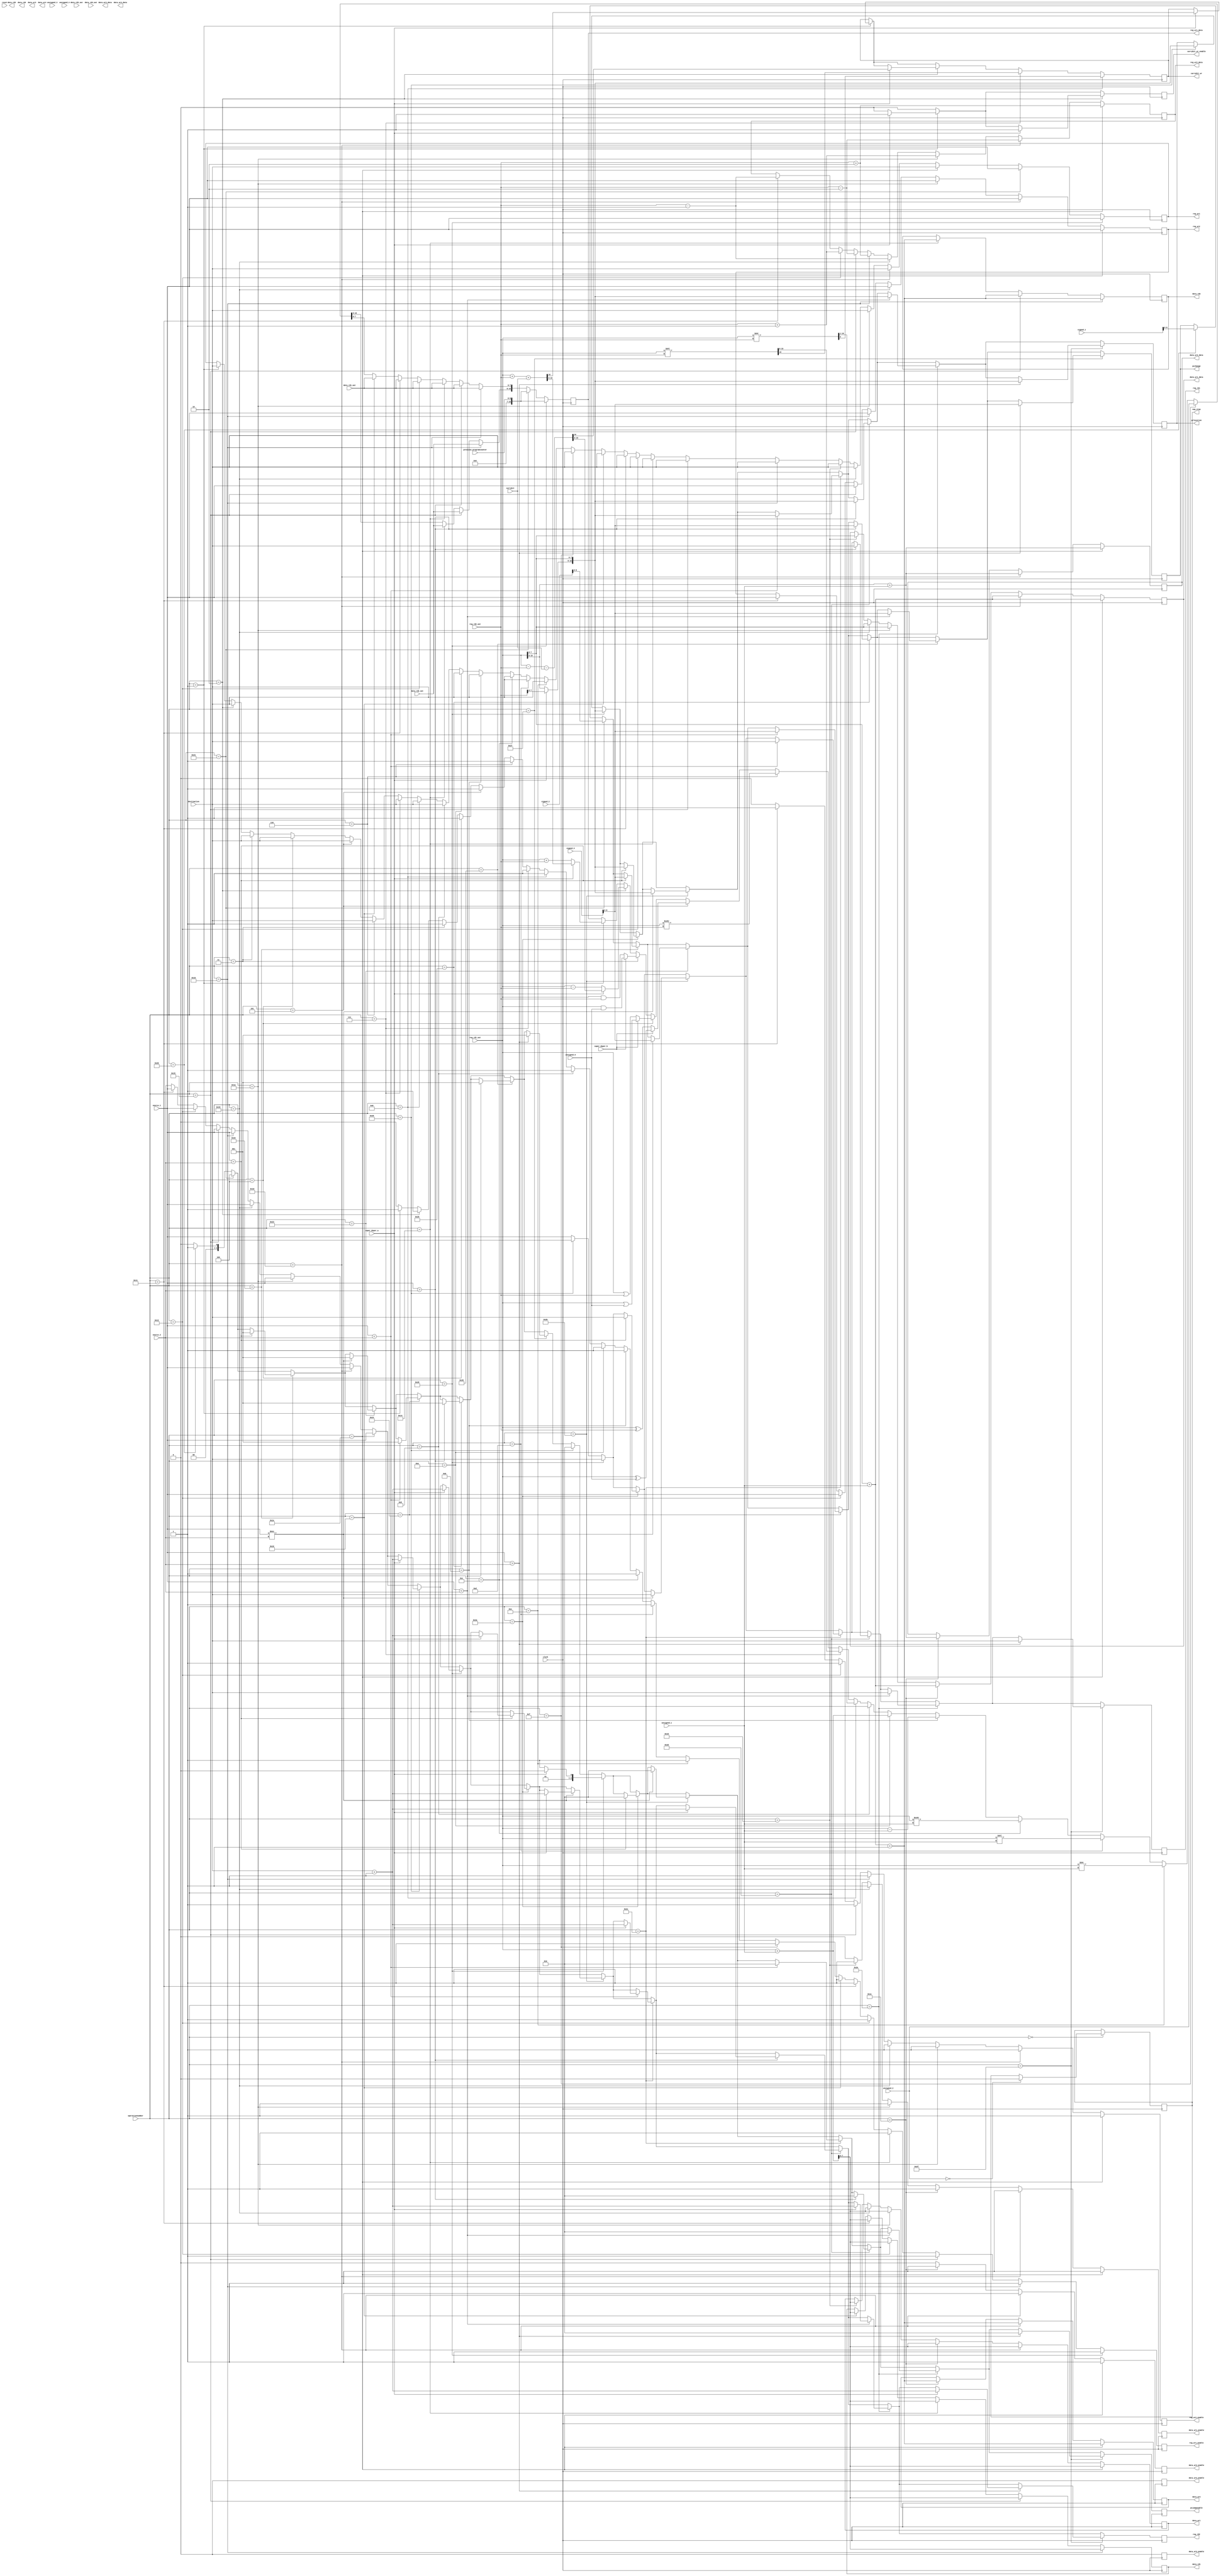
module execution (	clock, 
					reset,
					nop_stop,
					operationnumber,
					destination,
					source_1,
					source_2,
					unsigned_1,
					unsigned_2,
					unsigned_3,
					unsigned_4,
					unsigned_5,
					signed_3,
					signed_2,
					signed_1,
					reg_rd1,
					reg_rd2, 
					//reg_rd3, 
					reg_wr1, 
					reg_wr2, 
					reg_wr1_data, 
					reg_wr2_data, 
					reg_wr1_enable, 
					reg_wr2_enable, 
					reg_rd1_out, 
					reg_rd2_out, 
					//reg_rd3_out,
					data_rd1, 
					data_rd2, 
					data_rd3, 
					data_rd4, 
					data_wr1, 
					data_wr2, 
					data_wr3, 
					data_wr4, 
					data_wr1_data, 
					data_wr2_data, 
					data_wr3_data, 
					data_wr4_data, 
					data_wr1_enable, 
					data_wr2_enable, 
					data_wr3_enable, 
					data_wr4_enable, 
					data_rd1_out, 
					data_rd2_out, 
					data_rd3_out, 
					data_rd4_out,
					pcchange,
					pcjumpenable,
					pclocation,
					previous_programcounter,
					super_duper_a,
					super_duper_b,
					carrybit,
					carrybit_wr,
					carrybit_wr_enable,
					//LED
					);
	
	input 			clock;
	input 			reset;
	
	output			nop_stop;
	
	// Decoder //

	
	//output		     [7:0]		LED;
	//reg [07:00] ledscount;
	
	//assign LED [07:00] = ~ledscount[07:00];
	
//	always @(posedge clock) begin
//		ledscount = operationnumber;
//	end
	
	input [05:00]	operationnumber;
	input [05:00]	destination; 
	input [05:00]	source_2;
	input [05:00]	source_1;
	input [08:00]	unsigned_5;
	input [09:00]	unsigned_4;
	input [08:00]	unsigned_3;
	input [15:00]	unsigned_2;
	input [05:00]	unsigned_1;
	input [21:00]	signed_1;
	input [15:00]	signed_2;
	input [09:00]	signed_3;

	output [08:00]	pcchange;
	output [02:00]	pcjumpenable;
	output [15:00]	pclocation;

	input [06:00]	previous_programcounter;

	input 			super_duper_a;
	input 			super_duper_b;


	// RegisterFile //

	input [15:00]	reg_rd1_out;
	input [15:00]	reg_rd2_out;
	//input [15:00]	reg_rd3_out;

	output [05:00]	reg_wr1;
	output [05:00]	reg_wr2;
	output 			reg_wr1_enable;
	output 			reg_wr2_enable;
	output [15:00]	reg_wr1_data;
	output [15:00]	reg_wr2_data;

	output [05:00]	reg_rd1;
	output [05:00]	reg_rd2;
	//output [05:00]	reg_rd3;

	// Data Register //

	input [07:00]	data_rd1_out;
	input [07:00]	data_rd2_out;
	input [07:00]	data_rd3_out;
	input [07:00]	data_rd4_out;

	output [07:00] 	data_rd1;
	output [07:00] 	data_rd2;
	output [07:00] 	data_rd3;
	output [07:00] 	data_rd4;

	output [07:00] 	data_wr1;
	output [07:00] 	data_wr2;
	output [07:00]		data_wr3;
	output [07:00]		data_wr4;
	output [07:00] 	data_wr1_data;
	output [07:00] 	data_wr2_data;
	output [07:00] 	data_wr3_data;
	output [07:00] 	data_wr4_data;
	output			data_wr1_enable;
	output			data_wr2_enable;
	output			data_wr3_enable;
	output 			data_wr4_enable;

	output carrybit_wr;
	output carrybit_wr_enable;

	input carrybit;


	// input [63:00]register;

	reg [05:00]	reg_wr1;
	reg [05:00]	reg_wr2;

	reg [05:00]	reg_rd1;
	reg [05:00]	reg_rd2;
	//reg [05:00]	reg_rd3;

	reg 		reg_wr1_enable;
	reg 		reg_wr2_enable;

	reg [15:00] reg_wr1_data;
	reg [15:00] reg_wr2_data;

	wire [05:00]operationnumber;

	reg [07:00] data_rd1;
	reg [07:00] data_rd2;
	reg [07:00] data_rd3;
	reg [07:00] data_rd4;

	reg [07:00]	data_wr1;
	reg [07:00]	data_wr2;
	reg [07:00]	data_wr3;
	reg [07:00]	data_wr4;
	reg [07:00]	data_wr1_data;
	reg [07:00]	data_wr2_data;
	reg [07:00]	data_wr3_data;
	reg [07:00]	data_wr4_data;
	reg			data_wr1_enable;
	reg			data_wr2_enable;
	reg			data_wr3_enable;
	reg 		data_wr4_enable;

	wire 		carrybit;

	reg [16:00] carryreg;

	reg 		carrybit_wr;
	reg 		carrybit_wr_enable;
	
	wire [05:00] destination;	

	reg [08:00]	pcchange;
	reg [02:00]	pcjumpenable;
	reg [15:00]	pclocation;

	wire 		super_duper_a;
	wire 		super_duper_b;
	
	reg nop_stop;


	always @(posedge clock) begin

		reg_wr1_enable = 0;
		reg_wr2_enable = 0;
		data_wr1_enable = 0;
		data_wr2_enable = 0;
		data_wr3_enable = 0;
		data_wr4_enable = 0;
		reg_rd1 = source_1;
		reg_rd2 = source_2;
	//	reg_rd3 = destination;
		pcjumpenable = 0;
		carrybit_wr_enable = 0;
		


		if (operationnumber == 0) begin 	//no operation
			if (unsigned_2 == 0) begin 	//breakpoint
				nop_stop = 0;
			end

			
		end
		
		if (operationnumber == 1) begin 	//unsigned add	
			if (super_duper_a == 1) begin 	//unsigned add with carry ??
				reg_wr1 = destination;
				carryreg = reg_rd1_out + reg_rd2_out + carrybit;
				reg_wr1_data = carryreg[15:00];
				carrybit_wr = carryreg[16];
			//	{carrybit,reg_wr1_data} = reg_rd1_out + reg_rd2_out + carrybit;
				reg_wr1_enable = 1;
				carrybit_wr_enable = 1;
			end
			else begin
				reg_wr1 = destination;
				reg_wr1_data = reg_rd1_out + reg_rd2_out;
				reg_wr1_enable = 1;
			end
		end
		if (operationnumber == 2) begin 	//unsigned subtract 	
			if (super_duper_a == 1 ) begin 	//unsigned subtract with carry ????????????
				reg_wr1 = destination;
				carryreg = reg_rd1_out - reg_rd2_out - carrybit;
				reg_wr1_data = carryreg[15:00];
				carrybit_wr = carryreg[16];
			//	{carrybit,reg_wr1_data} = reg_rd1_out + reg_rd2_out - carrybit;				
				reg_wr1_enable = 1;
				carrybit_wr_enable = 1;
			end
			else begin
				reg_wr1 = destination;
				//reg_wr1_data = reg_rd1_out - reg_rd2_out - carrybit;
				reg_wr1_data = reg_rd1_out - reg_rd2_out;
				reg_wr1_enable = 1;
			end
		end
		if (operationnumber == 3) begin 	//bitwise AND 
			if (super_duper_b == 1) begin 	//bitwise AND immediate
				reg_wr1 = destination;
				reg_wr1_data = reg_rd1_out & unsigned_5;
				reg_wr1_enable = 1;	
			end
			else begin
				reg_wr1 = destination;
				reg_wr1_data = reg_rd1_out & reg_rd2_out;
				reg_wr1_enable = 1;
			end
		end
		if (operationnumber == 4) begin 	//bitwise OR
			if (super_duper_b == 1) begin 	//bitwise OR immediate
				reg_wr1 = destination;
				reg_wr1_data = reg_rd1_out | unsigned_5;
				reg_wr1_enable = 1;
			end
			else begin
				reg_wr1 = destination;
				reg_wr1_data = reg_rd1_out | reg_rd2_out;
				reg_wr1_enable = 1;
			end
		end
		if (operationnumber == 5) begin 	//bitwise exclusive OR
			if (super_duper_b == 1) begin 	//bitwise exclusive OR immediate
				reg_wr1 = destination;
				reg_wr1_data = reg_rd1_out ^ unsigned_5;
				reg_wr1_enable = 1;
			end
			else begin
				reg_wr1 = destination;
				reg_wr1_data = reg_rd1_out ^ reg_rd2_out;
				reg_wr1_enable = 1;
			end
		end

		if (operationnumber == 6) begin 	// arithmetic shift right
			reg_wr1 = destination;
			reg_wr1_data = reg_rd1_out >>> reg_rd2_out;
			reg_wr1_enable = 1;
			
		end
		if (operationnumber == 7) begin 	// Logical left shift
			reg_wr1 = destination;
			carryreg = reg_rd1_out << reg_rd2_out; 		// ??????????????????????????????????????????????????
			carrybit_wr = carryreg[16];
			reg_wr1_data = carryreg[15:00];
			reg_wr1_enable = 1;
			
		end

		if (operationnumber == 8) begin 	// Logical right shift
			reg_wr1 = destination;
			carryreg = reg_rd1_out >> reg_rd2_out;
			carrybit_wr = carryreg[0];
			reg_wr1_data = carryreg[16:01];
			reg_wr1_enable = 1;
			
		end
		if (operationnumber == 9) begin 	// move register to register
			reg_rd1 = source_1;
			reg_wr1 = destination;
			reg_wr1_data = reg_rd1_out;
			reg_wr1_enable = 1;
		end
		if (operationnumber == 10) begin 	//unsigned add immediate
			reg_wr1 = destination;
			reg_wr1_data = reg_rd1_out + unsigned_1;
			reg_wr1_enable = 1;
			
		end
		if (operationnumber == 11) begin 	//unsigned subtract immediate
			reg_wr1 = destination;
			reg_wr1_data = reg_rd1_out - unsigned_1;
			reg_wr1_enable = 1;
		end
		if (operationnumber == 12) begin 	//arithmetic shift right immediate
			reg_wr1 = destination;
			reg_wr1_data = reg_rd1_out >>> unsigned_1;
				reg_wr1_enable = 1;
		end
		if (operationnumber == 13) begin 	//logical shift left immediate
			reg_wr1 = destination;
			reg_wr1_data = reg_rd1_out << unsigned_1;
			reg_wr1_enable = 1;	
		end

		if (operationnumber == 14) begin 	//logical shift right immediate
			reg_wr1 = destination;
			reg_wr1_data = reg_rd1_out >> unsigned_1;
			reg_wr1_enable = 1;	
		end

		if (operationnumber == 15) begin 	//Move immeidate to register
			reg_wr1 = destination;
			reg_wr1_data = unsigned_2;
			reg_wr1_enable = 1;
		end
		if (operationnumber == 16) begin 	//indexed load byte
			reg_wr1 = destination;
			reg_rd1 = source_1;
			data_rd1 = (reg_rd1_out + unsigned_1);
			reg_wr1_data[07:00] = data_rd1_out[07:00];
			reg_wr1_enable = 1;
			pcjumpenable = 0;
		end
		if (operationnumber == 17) begin 	//indexed load byte with predecrement
			reg_rd2 = source_1;
			reg_wr2 = source_1;
			reg_wr2_data = reg_rd2_out - 1;
			reg_wr2_enable = 1;
			reg_wr1 = destination;
			reg_rd1 = source_1;
			data_rd1 = (reg_rd1_out + unsigned_1);
			reg_wr1_data[07:00] = data_rd1_out[07:00];
			reg_wr1_enable = 1;
		end
		if (operationnumber == 18) begin 	//indexed load byte with postincrement
			reg_wr1 = destination;
			reg_rd1 = source_1;
			data_rd1 = (reg_rd1_out + unsigned_1);
			reg_wr1_data[07:00] = data_rd1_out[07:00];
			reg_wr1_enable = 1;
			reg_rd2 = source_1;
			reg_wr2 = source_1;
			reg_wr2_data = reg_rd2_out + 1;
			reg_wr2_enable = 1;
		end
		if (operationnumber == 20) begin 	//indexed load word
			reg_wr1 = destination;
			reg_rd1 = source_1;
			data_rd1 = (reg_rd1_out + unsigned_1);
			data_rd2 = (reg_rd1_out + unsigned_1 + 1);
			reg_wr1_data[07:00] = data_rd1_out;
			reg_wr1_data[15:08] = data_rd2_out;
			reg_wr1_enable = 1;
		end
		if (operationnumber == 21) begin 	//indexed load word with predecrement
			reg_rd2 = source_1;
			reg_wr2 = source_1;
			reg_wr2_data = reg_rd2_out - 2;
			reg_wr2_enable = 1;
			reg_wr1 = destination;
			reg_rd1 = source_1;
			data_rd1 = (reg_rd1_out + unsigned_1);
			data_rd2 = (reg_rd1_out + unsigned_1 + 1);
			reg_wr1_data[07:00] = data_rd1_out;
			reg_wr1_data[15:08] = data_rd2_out;
			reg_wr1_enable = 1;
		end
		if (operationnumber == 22) begin 	//indexed load word with postincrement
			reg_wr1 = destination;
			reg_rd1 = source_1;
			data_rd1 = (reg_rd1_out + unsigned_1);
			data_rd2 = (reg_rd1_out + unsigned_1 + 1);
			reg_wr1_data[07:00] = data_rd1_out;
			reg_wr1_data[15:08] = data_rd2_out;
			reg_wr1_enable = 1;
			reg_rd2 = source_1;
			reg_wr2 = source_1;
			reg_wr2_data = reg_rd2_out + 2;
			reg_wr2_enable = 1;
		end

		if (operationnumber == 24) begin 	//indexed store byte
			reg_wr1 = destination;
			reg_rd1 = source_1;
			data_wr1 = (reg_rd1_out + unsigned_1);
			data_wr1_data[07:00] = reg_rd1_out[07:00];
			data_wr1_enable = 1;
			end
		if (operationnumber == 25) begin 	//indexed store byte with predecrement
			reg_rd2 = source_1;
			reg_wr2 = source_1;
			reg_wr2_data = reg_rd2_out - 1;
			reg_wr2_enable = 1;			
			reg_wr1 = destination;
			reg_rd1 = source_1;
			data_wr1 = (reg_rd1_out + unsigned_1);
			data_wr1_data[07:00] = reg_rd1_out[07:00];
			data_wr1_enable = 1;
		end
		if (operationnumber == 26) begin 	//indexed store byte with postincrement
			reg_wr1 = destination;
			reg_rd1 = source_1;
			data_wr1 = (reg_rd1_out + unsigned_1);
			data_wr1_data[07:00] = reg_rd1_out[07:00];
			data_wr1_enable = 1;
			reg_rd2 = source_1;
			reg_wr2 = source_1;
			reg_wr2_data = reg_rd2_out + 1;
			reg_wr2_enable = 1;
		end
		if (operationnumber == 28) begin 	//indexed store word
			reg_rd1 = source_1;
			data_wr1 = (reg_rd1_out + unsigned_1);
			data_wr1_data = (reg_rd1_out[07:00] + unsigned_1);
			data_wr2 = (reg_rd1_out + unsigned_1 + 1);
			data_wr2_data = (reg_rd1_out[15:08] + unsigned_1);
			data_wr1_enable = 1;
			data_wr2_enable = 1;
		end
		if (operationnumber == 29) begin 	//indexed store word with predecrement
			reg_rd2 = source_1;
			reg_wr2 = source_1;
			reg_wr2_data = reg_rd2_out - 2;
			reg_wr2_enable = 1;			
			reg_wr1 = destination;
			reg_rd1 = source_1;
			data_wr1 = (reg_rd1_out + unsigned_1);
			data_wr1_data = (reg_rd1_out[07:00] + unsigned_1);
			data_wr2 = (reg_rd1_out + unsigned_1 + 1);
			data_wr2_data = (reg_rd1_out[15:08] + unsigned_1);
			data_wr1_enable = 1;
			data_wr2_enable = 1;
		end
		if (operationnumber == 30) begin 	//indexed store word with postincrement
			reg_wr1 = destination;
			reg_rd1 = source_1;
			data_wr1 = (reg_rd1_out + unsigned_1);
			data_wr1_data = (reg_rd1_out[07:00] + unsigned_1);
			data_wr2 = (reg_rd1_out + unsigned_1 + 1);
			data_wr2_data = (reg_rd1_out[15:08] + unsigned_1);
			data_wr1_enable = 1;
			data_wr2_enable = 1;
			reg_rd2 = source_1;
			reg_wr2 = source_1;
			reg_wr2_data = reg_rd2_out + 2;
			reg_wr2_enable = 1;
		end

		if (operationnumber == 32) begin        //relative branch
			pcchange = signed_1;
			pcjumpenable = 1;
		end
		if (operationnumber == 33) begin        //relative branch and link
			pcchange = signed_2;
			reg_wr1 = source_1;
			reg_wr1_data = previous_programcounter;
			pcjumpenable = 4;
		end
		if (operationnumber == 34) begin        //relative branch if equal
			if (source_1 == source_2) begin
				pcchange = signed_3;
				pcjumpenable = 1;
			end
		end

		if (operationnumber == 35) begin        //relative branch if not equal
			if (source_1 !== source_2) begin
				pcchange = signed_3;
				pcjumpenable = 1;
			end
		end
		if (operationnumber == 36) begin        //relative branch if signed less than
			if ($signed(source_1) < $signed (source_2)) begin
				pcchange = signed_3;
				pcjumpenable = 1;
			end
		end
		if (operationnumber == 37) begin        //relative branch if signed greater than
			if ($signed(source_1) > $signed(source_2)) begin
				pcchange = signed_3;
				pcjumpenable = 1;
			end
		end
		if (operationnumber == 38) begin        //relative branch if unsigned less than
			if (source_1 < source_2) begin
				pcchange = signed_3;
				pcjumpenable = 1;
			end
		end
		if (operationnumber == 39) begin        //relative branch if unsigned greater than
			if (source_1 > source_2) begin
			pcchange = signed_3;
				pcjumpenable = 1;
			end
		end
		

		if (operationnumber == 40) begin        //absolute jump
			if (super_duper_a == 1) begin 		//absolute jump long
				pcjumpenable = 2;
				reg_rd1 = destination;
				reg_rd2 = destination + 1;
				pclocation[07:00] = reg_rd1_out;
				pclocation[15:08] = reg_rd2_out;
			end
			else begin
				reg_rd1 = destination;
				pclocation = reg_rd1_out;
				pcjumpenable = 2;
			end
		end
		if (operationnumber == 41) begin 		//absolute jump and link
			if (super_duper_a == 1) begin 		//absolute jump long and link
				pcjumpenable = 2;
				reg_rd1 = destination;
				reg_rd2 = destination + 1;
				pclocation[07:00] = reg_rd1_out;
				pclocation[15:08] = reg_rd2_out;
				reg_wr1 = source_1;
				reg_wr1_data = previous_programcounter;
				reg_wr1_enable = 1;
			end
			else begin
				reg_rd1 = destination;
				pclocation = reg_rd1_out;
				pcjumpenable = 3;
				reg_wr1 = source_1;
				reg_wr1_data = previous_programcounter;
				reg_wr1_enable = 1;
			end
			//pclocation <= previous_programcounter;
		end
		if (operationnumber == 42) begin        //absolute jump if equal
			if (source_1 == source_2) begin 	//absolute jump long if equal
				if (super_duper_a == 1) begin
					pcjumpenable = 2;
					reg_rd1 = destination;
					reg_rd2 = destination + 1;
					pclocation[07:00] = reg_rd1_out;
					pclocation[15:08] = reg_rd2_out;
				end
				else begin
					reg_rd1 = destination;
					pclocation = reg_rd1_out;
					pcjumpenable = 2;
				end
			end
		end
		if (operationnumber == 43) begin        //absolute jump if not equal
			if (source_1 !== source_2) begin
				if (super_duper_a == 1) begin	//absolute jump long if not equal
					pcjumpenable = 2;
					reg_rd1 = destination;
					reg_rd2 = destination + 1;
					pclocation[07:00] = reg_rd1_out;
					pclocation[15:08] = reg_rd2_out;
				end
				else begin
					reg_rd1 = destination;
					pclocation = reg_rd1_out;
					pcjumpenable = 2;
				end
			end
		end
		if (operationnumber == 44) begin        //absolute jump if signed less than
			if ($signed(source_1) < $signed(source_2)) begin
				if (super_duper_a == 1) begin //absolute jump long if unsigned less than
					pcjumpenable = 2;
					reg_rd1 = destination;
					reg_rd2 = destination + 1;
					pclocation[07:00] = reg_rd1_out;
					pclocation[15:08] = reg_rd2_out;
				end
				else begin
					reg_rd1 = destination;
					pclocation = reg_rd1_out;
					pcjumpenable = 2;
				end
			end
		end
		if (operationnumber == 45) begin        //absolute jump if signed greater than
			if ($signed(source_1) > $signed(source_2)) begin
				if (super_duper_a == 1) begin //absolute jump long if signed greater than
					pcjumpenable = 2;
					reg_rd1 = destination;
					reg_rd2 = destination + 1;
					pclocation[07:00] = reg_rd1_out;
					pclocation[15:08] = reg_rd2_out;
				end
				else begin
					reg_rd1 = destination;
					pclocation = reg_rd1_out;
					pcjumpenable = 2;
				end
			end
		end

		if (operationnumber == 46) begin        //absolute jump if unsigned less than
			if (source_1 < source_2) begin
				if (super_duper_a == 1) begin //absolute jump long if unsigned less than
					pcjumpenable = 2;
					reg_rd1 = destination;
					reg_rd2 = destination + 1;
					pclocation[07:00] = reg_rd1_out;
					pclocation[15:08] = reg_rd2_out;
				end
				else begin
					reg_rd1 = destination;
					pclocation = reg_rd1_out;
					pcjumpenable = 2;
				end
			end
		end
		if (operationnumber == 47) begin        //absolute jump if unsigned greater than
			if (source_1 > source_2) begin
				if (super_duper_a == 1) begin //absolute jump long if unsigned greater than
					pcjumpenable = 2;
					reg_rd1 = destination;
					reg_rd2 = destination + 1;
					pclocation[07:00] = reg_rd1_out;
					pclocation[15:08] = reg_rd2_out;
				end
				else begin
					reg_rd1 = destination;
					pclocation = reg_rd1_out;
					pcjumpenable = 2;
				end
			end
		end
		
	end

endmodule